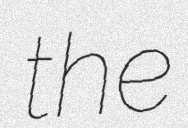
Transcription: the